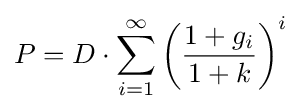
P=D\cdot \sum _{i=1}^{\infty }\left({\frac {1+g_{i}}{1+k}}\right)^{i}